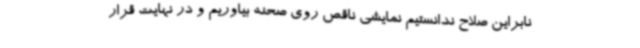
نابراین صلاح ندانستیم نمایشی ناقص روی صحنه بیاوریم و در نهایت قرار